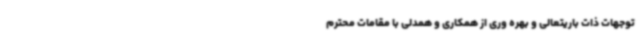
توجهات ذات باریتعالی و بهره وری از همکاری و همدلی با مقامات محترم